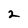
Character: 2